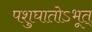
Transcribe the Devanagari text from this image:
पशुघातोऽभूत्‌